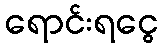
ရောင်းရငွေ